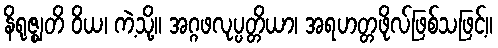
နိရုဇ္ဈတိ ဝိယ၊ ကဲ့သို့။ အဂ္ဂဖလုပ္ပတ္တိယာ၊ အရဟတ္တဖိုလ်ဖြစ်သဖြင့်။